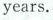
years.